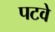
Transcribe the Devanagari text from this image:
पटवे